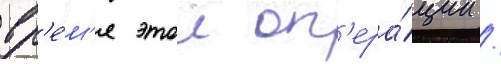
вр'е́м'я этои оп'ера́ции /